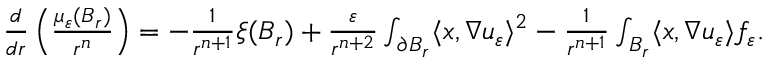
\begin{array} { r } { \frac { d } { d r } \left( \frac { \mu _ { \varepsilon } ( B _ { r } ) } { r ^ { n } } \right) = - \frac { 1 } { r ^ { n + 1 } } \xi ( B _ { r } ) + \frac { \varepsilon } { r ^ { n + 2 } } \int _ { \partial B _ { r } } \langle x , \nabla u _ { \varepsilon } \rangle ^ { 2 } - \frac { 1 } { r ^ { n + 1 } } \int _ { B _ { r } } \langle x , \nabla u _ { \varepsilon } \rangle f _ { \varepsilon } . } \end{array}